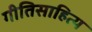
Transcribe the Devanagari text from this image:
गीतिसाहित्य